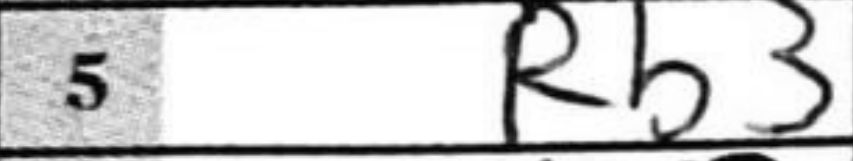
Transcription: Rb3